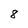
Character: 8